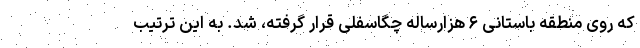
که روی منطقه باستانی ۶ هزارساله چگاسفلی قرار گرفته، شد. به این ترتیب